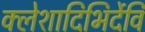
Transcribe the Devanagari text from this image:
क्लेशादिभिर्देवि